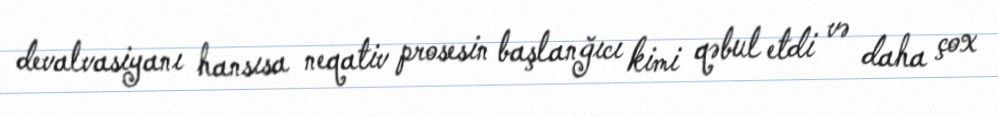
devalvasiyanı hansısa neqativ prosesin başlanğıcı kimi qəbul etdi və daha çox